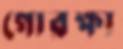
গোরক্ষা